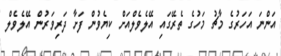
އަންނަ އަހަރުގެ މާޗު މަހުގެ ތެރޭގައި އޭލެވެލްއަށް ކިޔެވުން ފަށާ ދަރިވަރުން އޭލެވެލް